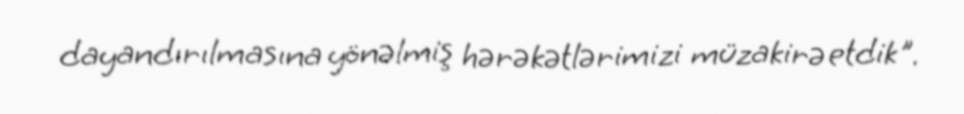
dayandırılmasına yönəlmiş hərəkətlərimizi müzakirə etdik".